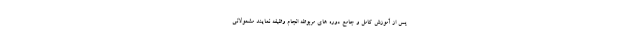
پس از آموزش کامل و جامع دوره های مربوطه انجام وظیفه نمایند مشمولانی